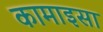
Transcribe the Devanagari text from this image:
कामाइसा